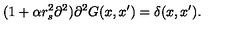
( 1 + \alpha r _ { s } ^ { 2 } \partial ^ { 2 } ) \partial ^ { 2 } G ( x , x ^ { \prime } ) = \delta ( x , x ^ { \prime } ) { . }